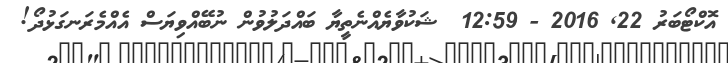
އޮކްޓޯބަރު 22